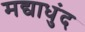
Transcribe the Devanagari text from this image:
मद्याधुंद